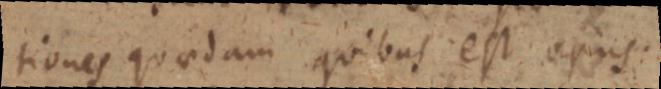
tiones quaedam quibus est opus.